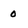
Character: 0